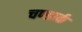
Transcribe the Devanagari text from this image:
चण्डार्क